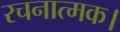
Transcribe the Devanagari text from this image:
रचनात्मक।